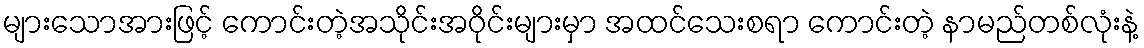
များသောအားဖြင့် ကောင်းတဲ့အသိုင်းအဝိုင်းများမှာ အထင်သေးစရာ ကောင်းတဲ့ နာမည်တစ်လုံးနဲ့